Medical and sanitary report of the native army of Bengal for the year
Year: 1877
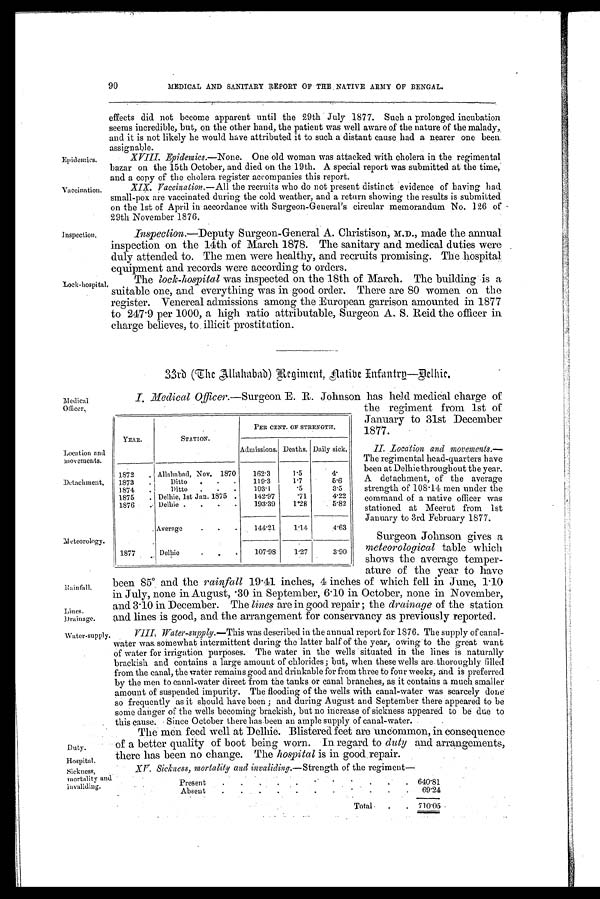
Rainfall.
Lines.
Drainage.
Water-supply.
YEAR.
STATION.
PER CENT. OF STRENGTH.
Admissions. Deaths. Daily sick.
1872
Allahabad, Nov. 1870
162.3
1.5
4.
1873
Ditto
119.3
1.7
5.6
1874
Ditto
103.1
.5
3.5
1875
Delhie, 1st Jan. 1875
142.97
.71
4.22
1876
Delhie
193.39
1.28
5.82
Average
144.21
1.14
4.63
1877
Delhie
107.98
1.27
3.90
Meteorology.
Location and
movements.
Detachment.
Epidemics.
Vaccination.
inspection.
Lock-hospital
Medical
Officer.
Duty.
Hospital.
Sickness,
Mortality and
invaliding.
90
MEDICAL AND SANITARY REPORT OF THE NATIVE ARMY OF BENGAL.
effects did not become apparent until the 29th July 1877. Such a prolonged incubation
seems incredible, but, on the other band, the patient was well aware of the nature of the malady,
and it is not likely he would have attributed it to such a distant cause had a nearer one been
assignable.
XVIII. Epidemics.—None. One old woman was attacked with cholera in the regimental
bazar on the 15th October, and died on the 19th. A special report was submitted at the time,
and a copy of the cholera register accompanies this report.
XIX. Vaccination. —All the recruits who do not present distinct evidence of having had
small-pox are vaccinated during the cold weather, and a return showing the results is submitted
on the 1st of April in accordance with Surgeon-General's circular memorandum No. 126 of
29th November 1876.
Inspection.—Deputy Surgeon-General A. Christison, M.D., made the annual
inspection on the 14th of March 1878. The sanitary and medical duties were
duly attended to. The men were healthy, and recruits promising. The hospital
equipment and records were according to orders.
The lock-hospital was inspected on the 18th of March. The building is a
suitable one, and everything was in good order. There are 80 women on the
register. Venereal admissions among the European garrison amounted in 1877
to 247.9 per 1000, a high ratio attributable, Surgeon A. S. Reid the officer in
charge believes, to illicit prostitution.
33rd (The Allahabad) Regiment, native Infantry—Delhie.
I . M e d i c a l
O f f i c e r . — S u r g e o n E . R . J o h n s o n h a s h e l d m e d i c a l c h a r g e o f
the regiment from 1st of
January to 31st December
1877.
II. Location and movements.—
The regimental head-quarters have
been at Delhie throughout the year.
A detachment, of the average
strength of 108.14 men under the
command of a native officer was
stationed at Meerut from 1st
January to 3rd February 1877.
Surgeon Johnson gives a
meteorological table which
shows the average temper-
ature of the year to have
been 85°. and the rainfall 19.41 inches, 4 inches of which fell in June, 1.10
in July, none in August, .30 in September, 6.10 in October, none in November,
and 3.10 in December. The lines are in good repair; the drainage of the station
and lines is good, and the arrangement for conservancy as previously reported.
VIII, Water-supply.—This was described in the annual report for 1876. The supply of canal-
water was somewhat intermittent during the latter half of the year, owing to the great want
of water for irrigation purposes. The water in the wells situated in the lines is naturally
brackish and contains a large amount of chlorides; but, when these wells are thoroughly filled
from the canal, the water remains good and drinkable for from three to four weeks, and is preferred
by the men to canal-water direct from the tanks or canal branches, as it contains a much smaller
amount of suspended impurity. The flooding of the wells with canal-water was scarcely done
so frequently as it should have been; and during August and September there appeared to be
some danger of the wells becoming brackish, but no increase of sickness appeared to be due to
this cause. Since October there has been an ample supply of canal water.
The men feed well at Delhie. Blistered feet are uncommon, in consequence
of a better quality of boot being worn. In regard to duty and arrangements,
there has been no change. The hospital is in good repair.
XV Sickness, mortality and invaliding.— Strength of the regiment—
Present
640.81
Absent
69.24
Total.
710.05